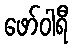
ဖော်ဝါရီ